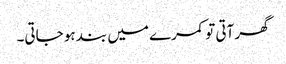
گھر آتی تو کمرے میں بند ہو جاتی۔